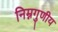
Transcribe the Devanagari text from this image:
निम्नगुणीय